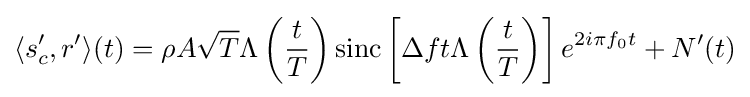
\langle s_{c}',r'\rangle (t)=\rho A{\sqrt {T}}\Lambda \left({\frac {t}{T}}\right)\mathrm {sinc} \left[\Delta ft\Lambda \left({\frac {t}{T}}\right)\right]e^{2i\pi f_{0}t}+N'(t)